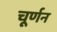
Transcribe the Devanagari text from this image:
चूर्णन